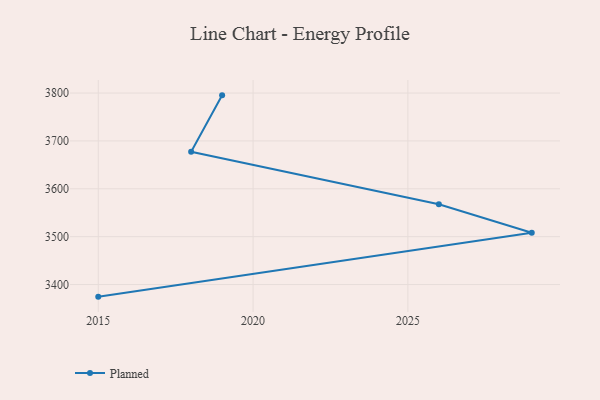
{"axis": {"x": "Year", "y": "Gross Profit (USD K)"}, "legend": ["Planned"], "data": [{"x": "2015", "y": 3374.7, "type": "Planned"}, {"x": "2029", "y": 3508.3, "type": "Planned"}, {"x": "2026", "y": 3567.7, "type": "Planned"}, {"x": "2018", "y": 3677.2, "type": "Planned"}, {"x": "2019", "y": 3795.2, "type": "Planned"}]}